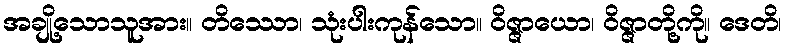
အချို့သောသူအား။ တိဿော၊ သုံးပါးကုန်သော။ ဝိဇ္ဇာယော၊ ဝိဇ္ဇာတို့ကို။ ဒေတိ၊